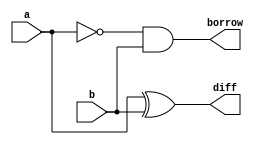
`timescale 1ns / 1ps
//////////////////////////////////////////////////////////////////////////////////
// Company: 
// Engineer: 
// 
// Design Name: 
// Module Name: Half_subtractor
// Project Name: 
// Target Devices: 
// Tool Versions: 
// Description: 
// 
// Dependencies: 
// 
// Revision:
// Revision 0.01 - File Created
// Additional Comments:
// 
//////////////////////////////////////////////////////////////////////////////////


module Half_subtractor(
    input a,b,
    output diff,borrow
    );
    assign diff = a^b;
    assign borrow = ~a&b;
endmodule